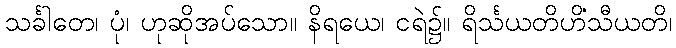
သင်္ခါတေ၊ ပုံ၊ ဟုဆိုအပ်သော။ နိရယေ၊ ငရဲ၌။ ရိင်္သယတိဟိံသီယတိ၊